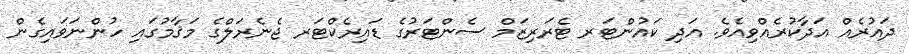
ދައުރެއް އަދާކުރެއްވިއެވެ. އަދި ކައުންޓަރ ޓެރަރިޒަމް ސެންޓަރުގެ ޑައިރެކްޓަރ ޖެނެރަލްގެ މަޤާމުގައި ހުންނަވައިގެން